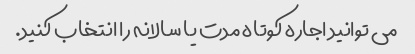
می توانید اجاره کوتاه مدت یا سالانه را انتخاب کنید.